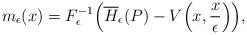
LaTeX: \begin{align*}m_\epsilon (x )=F^{-1}_\epsilon \Big(\overline{H}_\epsilon (P )-V \Big(x,\frac{x}{\epsilon} \Big) \Big), \end{align*}